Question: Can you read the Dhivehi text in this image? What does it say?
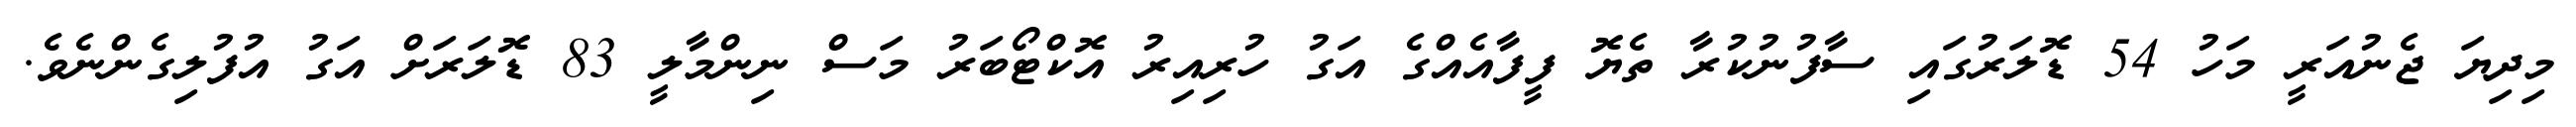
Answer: މިދިޔަ ޖެނުއަރީ މަހު 54 ޑޮލަރުގައި ސާފުނުކުރާ ތެޔޮ ފީފާއެއްގެ އަގު ހުރިއިރު އޮކްޓޯބަރު މަސް ނިންމާލީ 83 ޑޮލަރަށް އަގު އުފުލިގެންނެވެ.